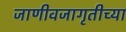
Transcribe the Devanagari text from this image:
जाणीवजागृतीच्या